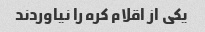
یکی از اقلام کره را نیاوردند